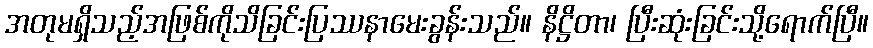
အတုမရှိသည့်အဖြစ်ကိုသိခြင်းပြဿနာမေးခွန်းသည်။ နိဋ္ဌိတာ၊ ပြီးဆုံးခြင်းသို့ရောက်ပြီ။